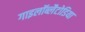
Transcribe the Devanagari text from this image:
गाइलॉब्लैटोडिया